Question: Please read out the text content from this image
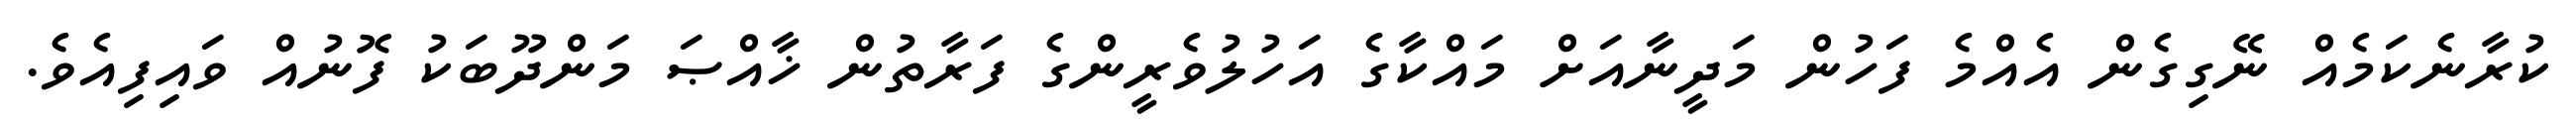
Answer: ކުރާނެކަމެއް ނޭގިގެން އެއްމެ ފަހުން މަދީނާއަށް މައްކާގެ އަހުލުވެރީންގެ ފަރާތުން ޚާއްޞަ މަންދޫބަކު ފޮނުއް ވައިފިއެވެ.